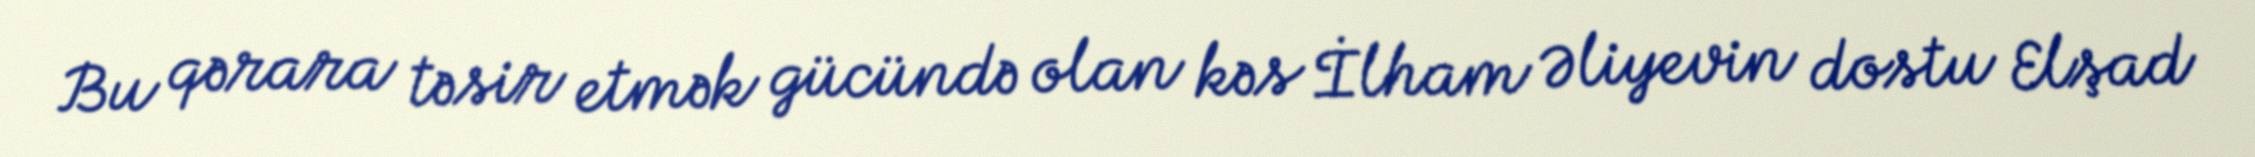
Bu qərara təsir etmək gücündə olan kəs İlham Əliyevin dostu Elşad